Document type: Emphyteutic lease
Year: 1295
Scribe: Pere de Noguera, prevere
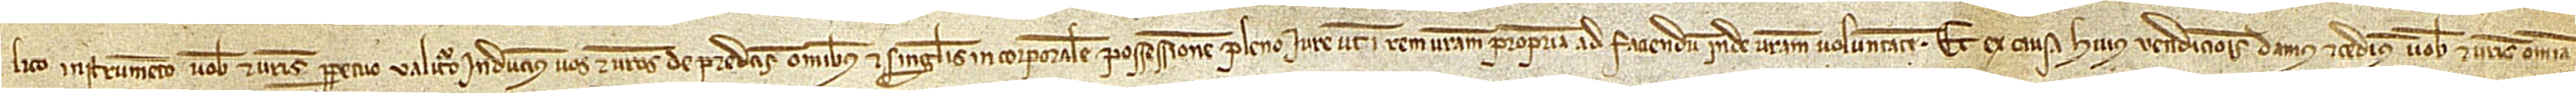
lico instrumento vobis et vestris perpetuo valituro inducimus vos et vestros de predictis omnibus et singulis in corporalem possessionem pleno iure ut in rem vestram propriam, ad faciendum inde vestram voluntatem. Et ex causa huius vendicionis damus et cedimus vobis et vestris omnia